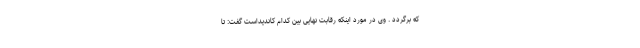
که برگردد . وی در مورد اینکه رقابت نهایی بین کدام کاندیداست گفت: تا